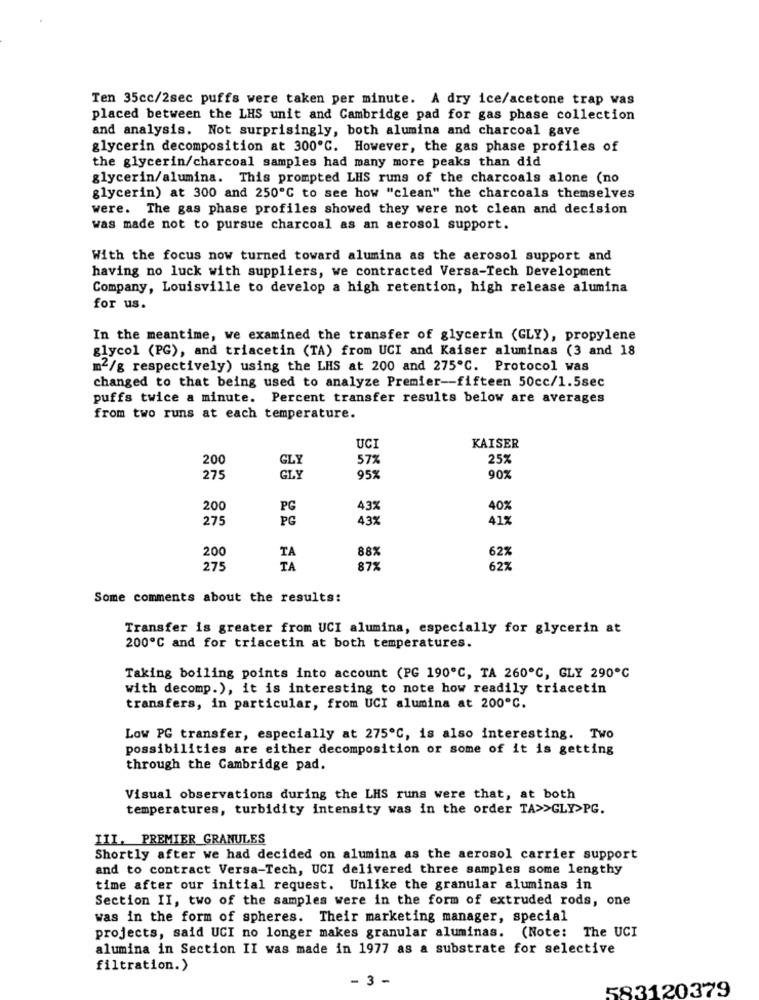
Ten 35cc/2sec puffs were taken per minute. A dry ice/acetone trap was
placed between the LHS unit and Cambridge pad for gas phase collection
and analysis. Not surprisingly, both alumina and charcoal gave
glycerin decomposition at 300º℃. However, the gas phase profiles of
the glycerin/charcoal samples had many more peaks than did
glycerin/alumina. This prompted LHS runs of the charcoals alone (no
glycerin) at 300 and 250℃ to see how "clean" the charcoals themselves
were. The gas phase profiles showed they were not clean and decision
was made not to pursue charcoal as an aerosol support.
With the focus now turned toward alumina as the aerosol support and
having no luck with suppliers, we contracted Versa-Tech Development
Company, Louisville to develop a high retention, high release alumina
for us.
In the meantime, we examined the transfer of glycerin (GLY), propylene
glycol (PG), and triacetin (TA) from UCI and Kaiser aluminas (3 and 18
m2/g respectively) using the LHS at 200 and 275℃. Protocol was
changed to that being used to analyze Premier -- fifteen 50cc/1.5sec
puffs twice a minute. Percent transfer results below are averages
from two runs at each temperature.
UCI
KAISER
200
57%
25%
GLY
275
GI.Y
95%
90%
200
PG
43%
40%
275
PG
43%
41%
200
88%
62%
TA
275
TA
87%
627
Some comments about the results:
Transfer is greater from UCI alumina, especially for glycerin at
200℃ and for triacetin at both temperatures.
Taking boiling points into account (PG 190º℃, TA 260℃, GLY 290℃
with decomp.), it is interesting to note how readily triacetin
transfers, in particular, from UCI alumina at 200ºC.
Low PG transfer, especially at 275℃, is also interesting. Two
possibilities are either decomposition or some of it is getting
through the Cambridge pad.
Visual observations during the LHS runs were that, at both
temperatures, turbidity intensity was in the order TA>>GLY>PG.
III. PREMIER GRANULES
Shortly after we had decided on alumina as the aerosol carrier support
and to contract Versa-Tech, UCI delivered three samples some lengthy
time after our initial request. Unlike the granular aluminas in
Section II, two of the samples were in the form of extruded rods, one
was in the form of spheres. Their marketing manager, special
projects, said UCI no longer makes granular aluminas. (Note: The UCI
alumina in Section II was made in 1977 as a substrate for selective
filtration.)
- 3.
583120379